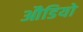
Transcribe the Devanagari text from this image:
औडियो